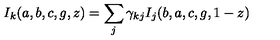
I _ { k } ( a , b , c , g , z ) = \sum _ { j } \gamma _ { k j } I _ { j } ( b , a , c , g , 1 - z )